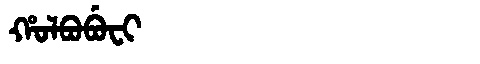
Manchu: ᡥᠣᠯᠪᠣᠪᡠᠸᡳ
Romanization: HOLBOBUFI